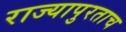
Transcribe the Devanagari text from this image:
राज्यापुरताच